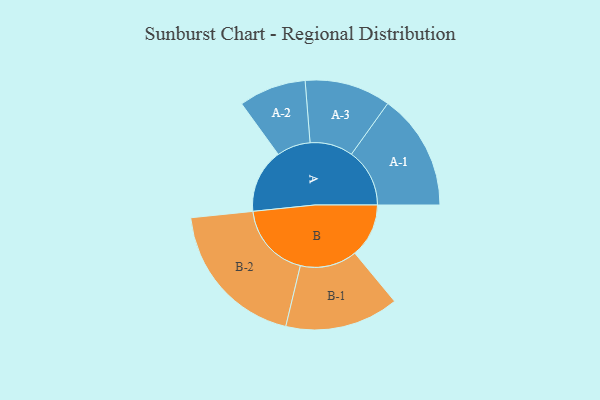
{"axis": {"x": "Segment", "y": "Value"}, "legend": ["", "A", "B"], "data": [{"x": "A", "y": 240, "type": ""}, {"x": "B", "y": 202, "type": ""}, {"x": "A-1", "y": 218, "type": "A"}, {"x": "A-2", "y": 126, "type": "A"}, {"x": "A-3", "y": 161, "type": "A"}, {"x": "B-1", "y": 213, "type": "B"}, {"x": "B-2", "y": 283, "type": "B"}]}